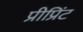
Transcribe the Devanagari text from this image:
प्रीप्रिंट